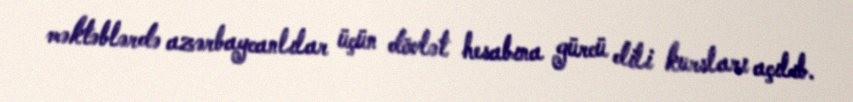
məktəblərdə azərbaycanlılar üçün dövlət hesabına gürcü dili kursları açılıb.